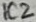
Text: IC2